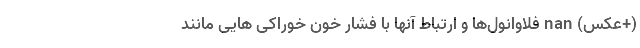
(+عکس) nan فلاوانول‌ها و ارتباط آنها با فشار خون خوراکی هایی مانند